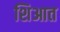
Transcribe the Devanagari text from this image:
शिआत